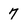
Character: 7